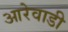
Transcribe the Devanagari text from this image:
आरेवाडी